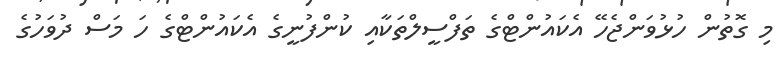
މި ގޮތުން ހުޅުވަންޖެހޭ އެކައުންޓްގެ ތަފްސީލްތަކާއި ކުންފުނީގެ އެކައުންޓްގެ ހަ މަސް ދުވަހުގެ